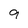
Character: 9